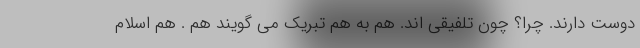
دوست دارند. چرا؟ چون تلفیقی اند. هم به هم تبریک می گویند هم . هم اسلام